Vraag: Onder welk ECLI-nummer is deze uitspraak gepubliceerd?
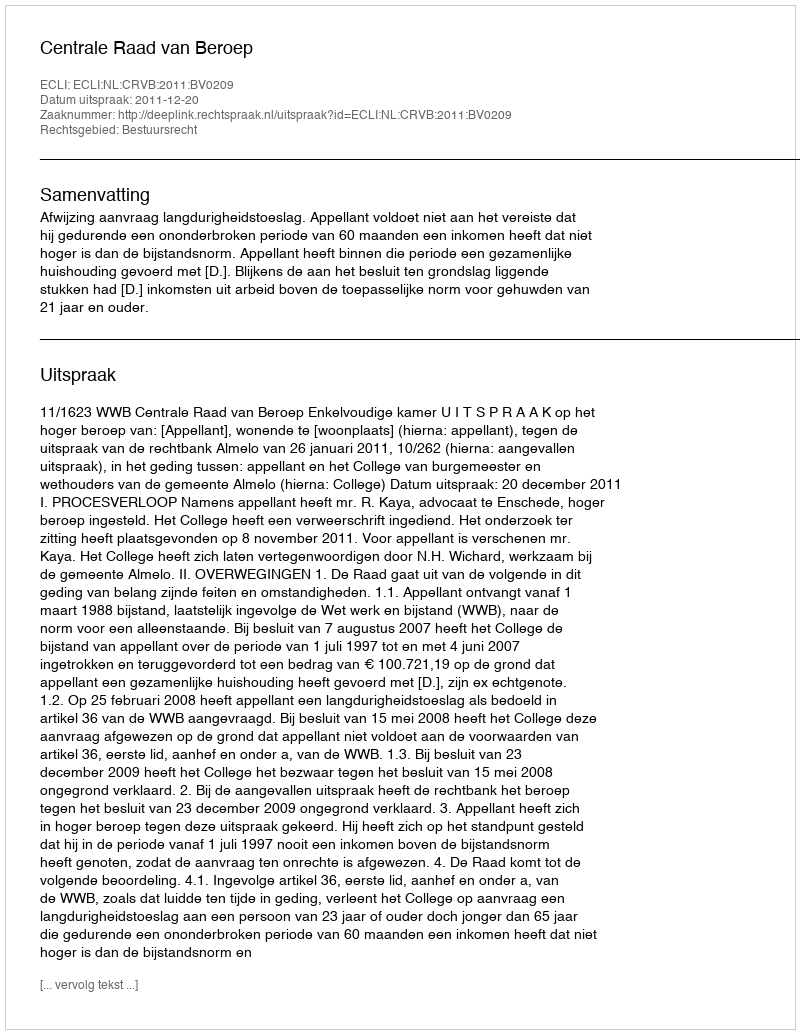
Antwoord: ECLI:NL:CRVB:2011:BV0209